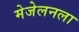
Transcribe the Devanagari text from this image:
मेजेलनला